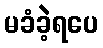
မခံခဲ့ရပေ